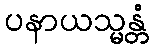
ပနာယသ္မန္တံ